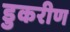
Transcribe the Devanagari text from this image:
डुकरीण